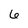
Character: 6